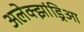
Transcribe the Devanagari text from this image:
अलेक्झांड्रिआ